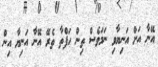
އޭނާ އަށް އަނިޔާވި ނަމަވެސް ތިން ހަފްތާ ތެރޭ އޭނާ އަނިޔާ އިން